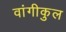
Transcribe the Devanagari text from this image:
वांगीकुल